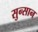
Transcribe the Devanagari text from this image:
सुन्सान